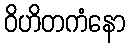
ဝိဟိတကံနော